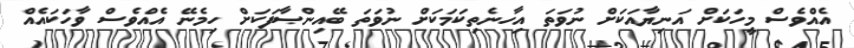
އެއްވެސް މީހަކަށް އަނިޔާއަކަށް ނުވަތަ އިހާނެތިކަމަކަށް ނުވަތަ ބޭއިންޞާފަކަށް ހިމެނޭ އެއްވެސް ވާހަކައެއް